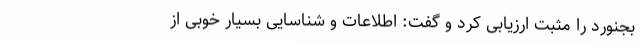
بجنورد را مثبت ارزیابی کرد و گفت: اطلاعات و شناسایی بسیار خوبی از